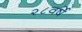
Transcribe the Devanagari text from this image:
२८वर्षे